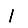
Digit: 1